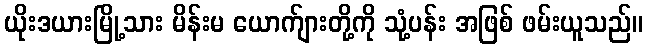
ယိုးဒယားမြို့သား မိန်းမ ယောက်ျားတို့ကို သုံ့ပန်း အဖြစ် ဖမ်းယူသည်။